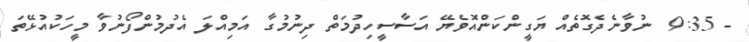
- 9:35  ނުވާނެދެގޮތެއް ޔަގީންކަންއޮވެޔޭ އަސާސީހިދުމަތް ދިނުމުގާ އަމިއްލަ އެދުމުންފޯނުވާ މީހަކުއުޅޭތަ